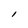
Character: l